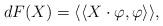
LaTeX: \begin{align*}dF(X) = \langle\langle X \cdot \varphi , \varphi \rangle\rangle,\end{align*}